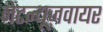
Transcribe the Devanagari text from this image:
नेटन्यूज़वायर